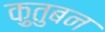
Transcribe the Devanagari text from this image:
क़ुतुबन